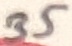
Text: 35